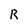
Character: R